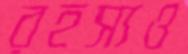
রহস্যও